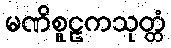
မဏိစူဠကသုတ္တံ